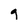
Character: g